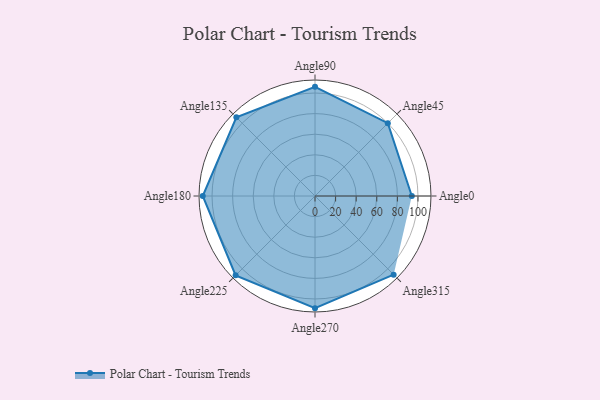
{"axis": {"x": "Angle", "y": "Radius"}, "legend": [""], "data": [{"x": "Angle0", "y": 94.0, "type": ""}, {"x": "Angle45", "y": 100.0, "type": ""}, {"x": "Angle90", "y": 106.0, "type": ""}, {"x": "Angle135", "y": 108.0, "type": ""}, {"x": "Angle180", "y": 109.0, "type": ""}, {"x": "Angle225", "y": 109.0, "type": ""}, {"x": "Angle270", "y": 109.0, "type": ""}, {"x": "Angle315", "y": 108.0, "type": ""}]}